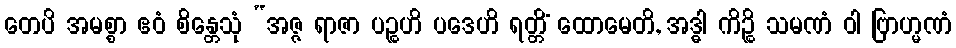
တေပိ အမစ္စာ ဧဝံ စိန္တေသုံ “အဇ္ဇ ရာဇာ ပဉ္စဟိ ပဒေဟိ ရတ္တိံ ထောမေတိ, အဒ္ဓါ ကိဉ္စိ သမဏံ ဝါ ဗြာဟ္မဏံ